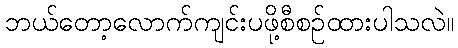
ဘယ်တော့လောက်ကျင်းပဖို့စီစဉ်ထားပါသလဲ။